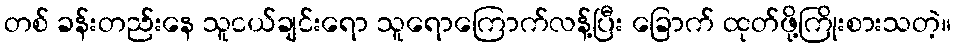
တစ် ခန်းတည်းနေ သူငယ်ချင်းရော သူရောကြောက်လန့်ပြီး ခြောက် ထုတ်ဖို့ကြိုးစားသတဲ့။